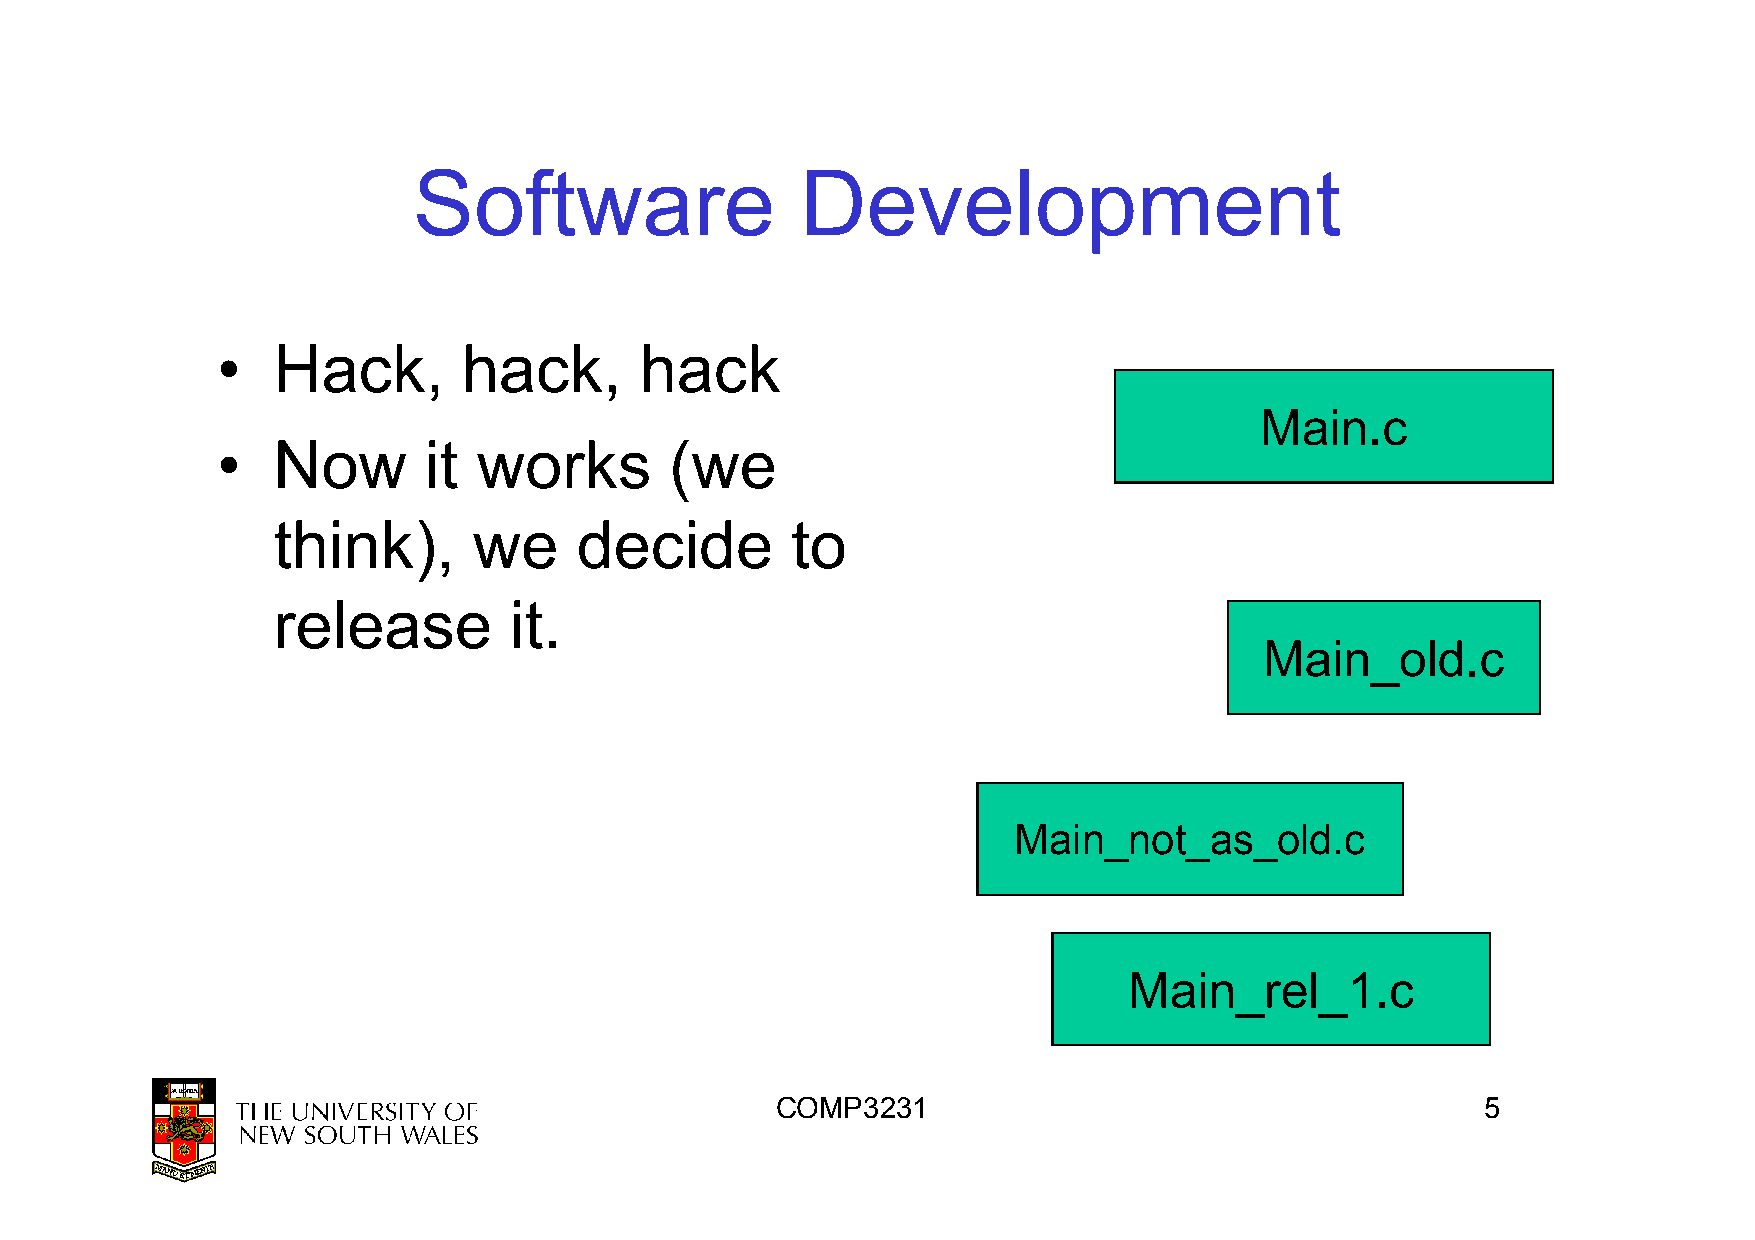
Software                  Development
 •   Hack,        hack,      hack
 Main.c
 •   Now       it  works       (we
 think),      we     decide        to
 rreelleeaassee  iitt..
 Main_old.c
 Main_not_as_old.c
 Main_rel_1.c
 COMP3231                                       5